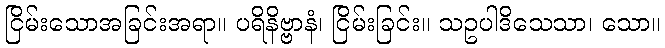
ငြိမ်းသောအခြင်းအရာ။ ပရိနိဗ္ဗာနံ၊ ငြိမ်းခြင်း။ သဥပါဒိသေသာ၊ သော။